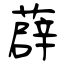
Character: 薜